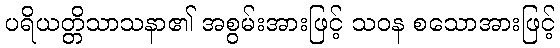
ပရိယတ္တိသာသနာ၏ အစွမ်းအားဖြင့် သဝန စသောအားဖြင့်